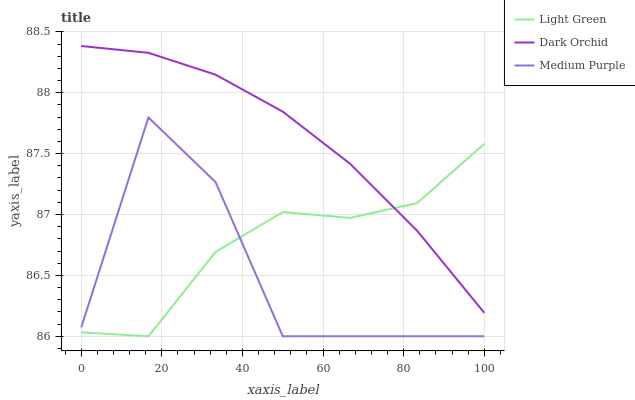
| xaxis_label | Light Green | Dark Orchid | Medium Purple |
 | --- | --- | --- | --- |
 | 0 | 86 | 88.4 | 86.1 |
 | 16.7 | 86 | 88.3 | 87.8 |
 | 33.3 | 86.7 | 88.1 | 87.3 |
 | 50 | 87 | 87.8 | 86 |
 | 66.7 | 87 | 87.4 | 86 |
 | 83.3 | 87.1 | 86.9 | 86 |
 | 100 | 87.6 | 86.2 | 86 |